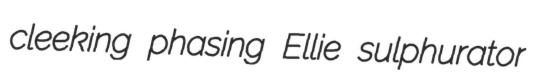
cleeking phasing Ellie sulphurator